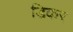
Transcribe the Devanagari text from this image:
डिकर